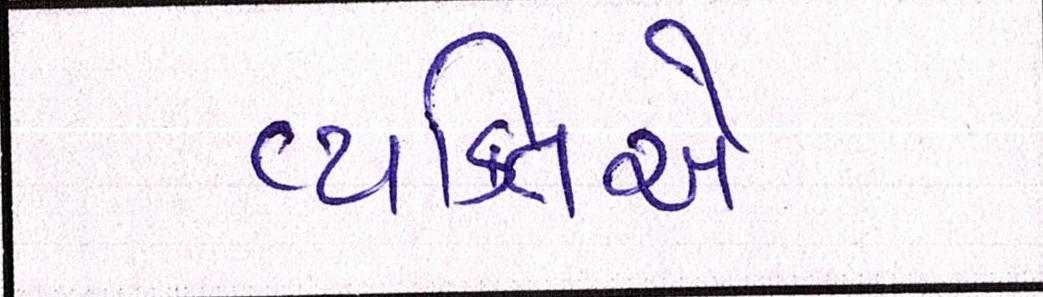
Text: વ્યકિતએ